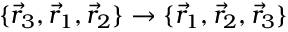
\{ \vec { r } _ { 3 } , \vec { r } _ { 1 } , \vec { r } _ { 2 } \} \rightarrow \{ \vec { r } _ { 1 } , \vec { r } _ { 2 } , \vec { r } _ { 3 } \}